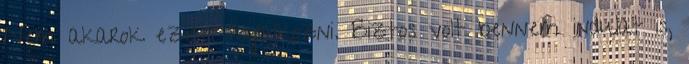
Nem akarok ezzel foglalkozni. Biztos volt bennem indulat is,